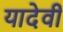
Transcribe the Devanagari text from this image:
यादेवी